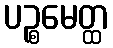
ပဉ္စမေတ္ထ